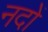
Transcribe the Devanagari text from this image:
नदों